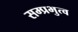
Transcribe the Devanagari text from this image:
सम्प्रभुत्व